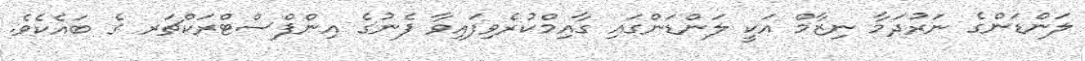
ލަންޑަންގެ ނަރުދަމާ ނިޒާމް އަކީ ލަންޑަންގައި ގާއިމްކުރެވިފައިވާ ފެނުގެ އިންފްސްޓްރަކްޗަރ ގެ ބައެކެވެ.